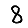
Digit: 8